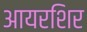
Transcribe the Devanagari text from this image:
आयरशिर